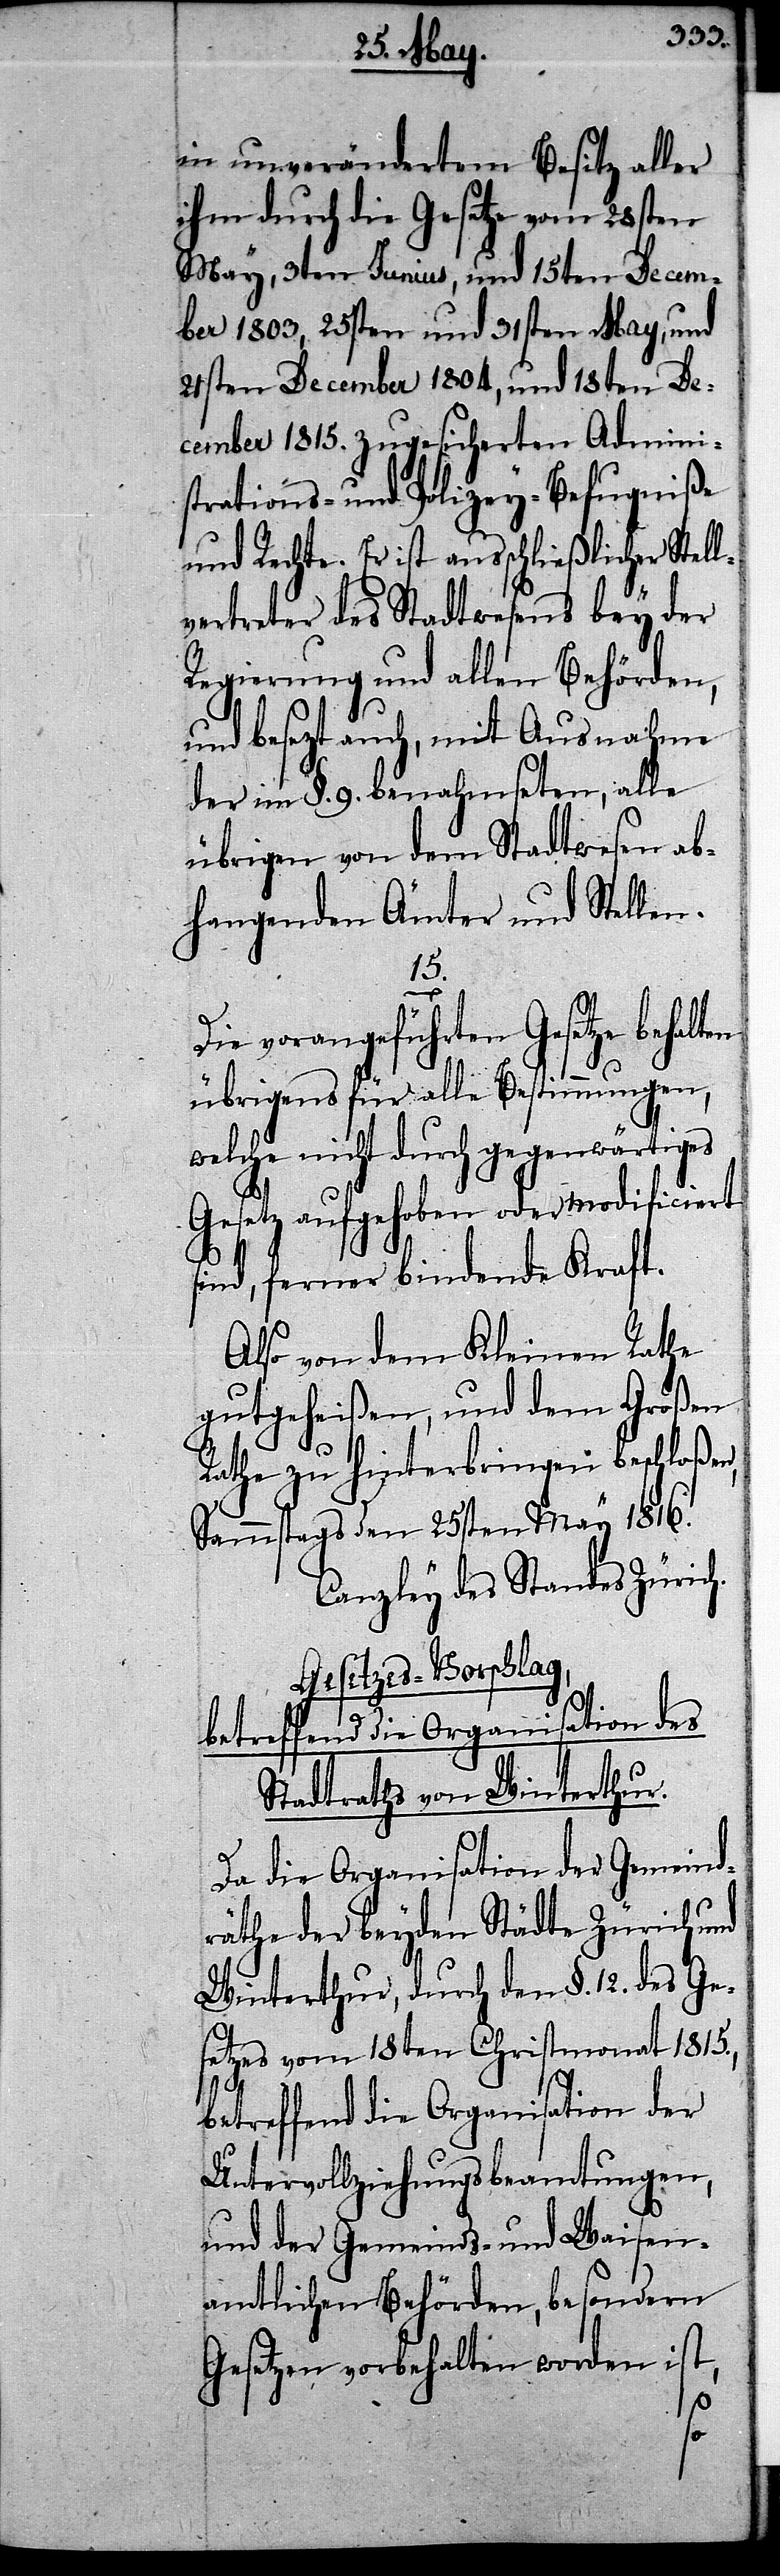
in unverändertem Besitz aller
ihm durch die Gesetze vom 28sten
May, 3ten Junius und 15ten Decem¬
ber 1803, 25sten und 31sten May, und
21sten December 1804, und 18ten De¬
cember 1815. zugesicherten Adminis¬
trations- und Polizey-Befugniße
und Rechte. Er ist ausschließlicher Stell¬
vertreter des Stadtwesens bey der
Regierung und allen Behörden,
und besezt auch, mit Ausnahme
der im §. 9. benahmseten, alle
übrigen von dem Stadtwesen ab¬
hangenden Ämter und Stellen.
15.
Die vorangeführten Gesetze behal¬
übrigens für alle Bestimmungen,
welche nicht durch gegenwärtiges
Gesetz aufgehoben oder modificiert
sind, ferner bindende Kraft.
Also von dem Kleinen Rathe
gutgeheißen, und dem Großen
Rathe zu hinterbringen beschloßen,
Sammstags den 25sten May 1816.
Canzley des Standes Zürich.
Gesetzes-Vorschlag,
betreffend die Organisation des
Stadtraths von Winterthur.
Da die Organisation der Gemeind¬
räthe der beyden Städte Zürich und
Winterthur, durch den §. 12. des Ge¬
setzes vom 18ten Christmonat 1815.,
ten
betreffend die Organisation der
Untervollziehungsbeamtungen,
und der Gemeinds- und Waisen¬
amtlichen Behörden, besondern
Gesetzen vorbehalten worden ist,